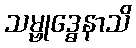
သမ္ဗုဒ္ဓေနာသိ